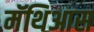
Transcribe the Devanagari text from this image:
मॅथिआस